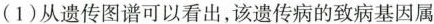
(1)从遗传图谱可以看出，该遗传病的致病基因属